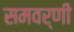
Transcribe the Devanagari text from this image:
समवर्णी